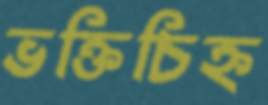
ভক্তিচিহ্ন